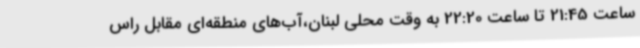
ساعت 21:45 تا ساعت 22:20 به وقت محلی لبنان،آب‌های منطقه‌ای مقابل راس